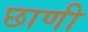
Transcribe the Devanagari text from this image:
छाणी